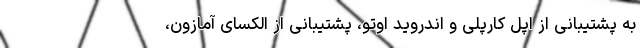
به پشتیبانی از اپل کارپلی و اندروید اوتو، پشتیبانی از الکسای آمازون،